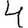
Digit: 4